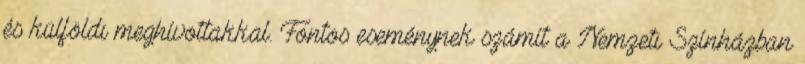
és külföldi meghívottakkal. Fontos eseménynek számít a Nemzeti Színházban